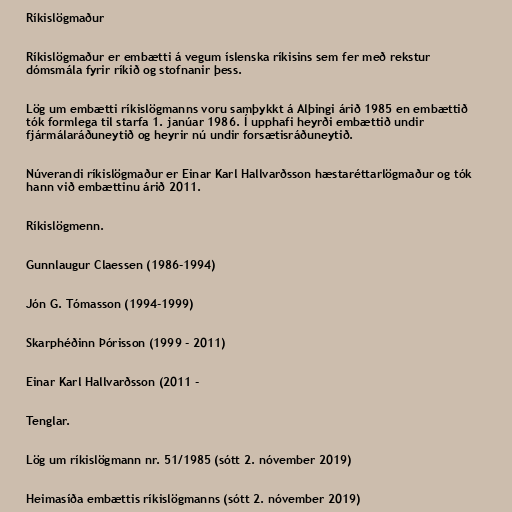
Ríkislögmaður

Ríkislögmaður er embætti á vegum íslenska ríkisins sem fer með rekstur
dómsmála fyrir ríkið og stofnanir þess.

Lög um embætti ríkislögmanns voru samþykkt á Alþingi árið 1985 en embættið
tók formlega til starfa 1. janúar 1986. Í upphafi heyrði embættið undir
fjármálaráðuneytið og heyrir nú undir forsætisráðuneytið.

Núverandi ríkislögmaður er Einar Karl Hallvarðsson hæstaréttarlögmaður og tók
hann við embættinu árið 2011.

Ríkislögmenn.

Gunnlaugur Claessen (1986-1994)

Jón G. Tómasson (1994-1999)

Skarphéðinn Þórisson (1999 - 2011)

Einar Karl Hallvarðsson (2011 -

Tenglar.

Lög um ríkislögmann nr. 51/1985 (sótt 2. nóvember 2019)

Heimasíða embættis ríkislögmanns (sótt 2. nóvember 2019)